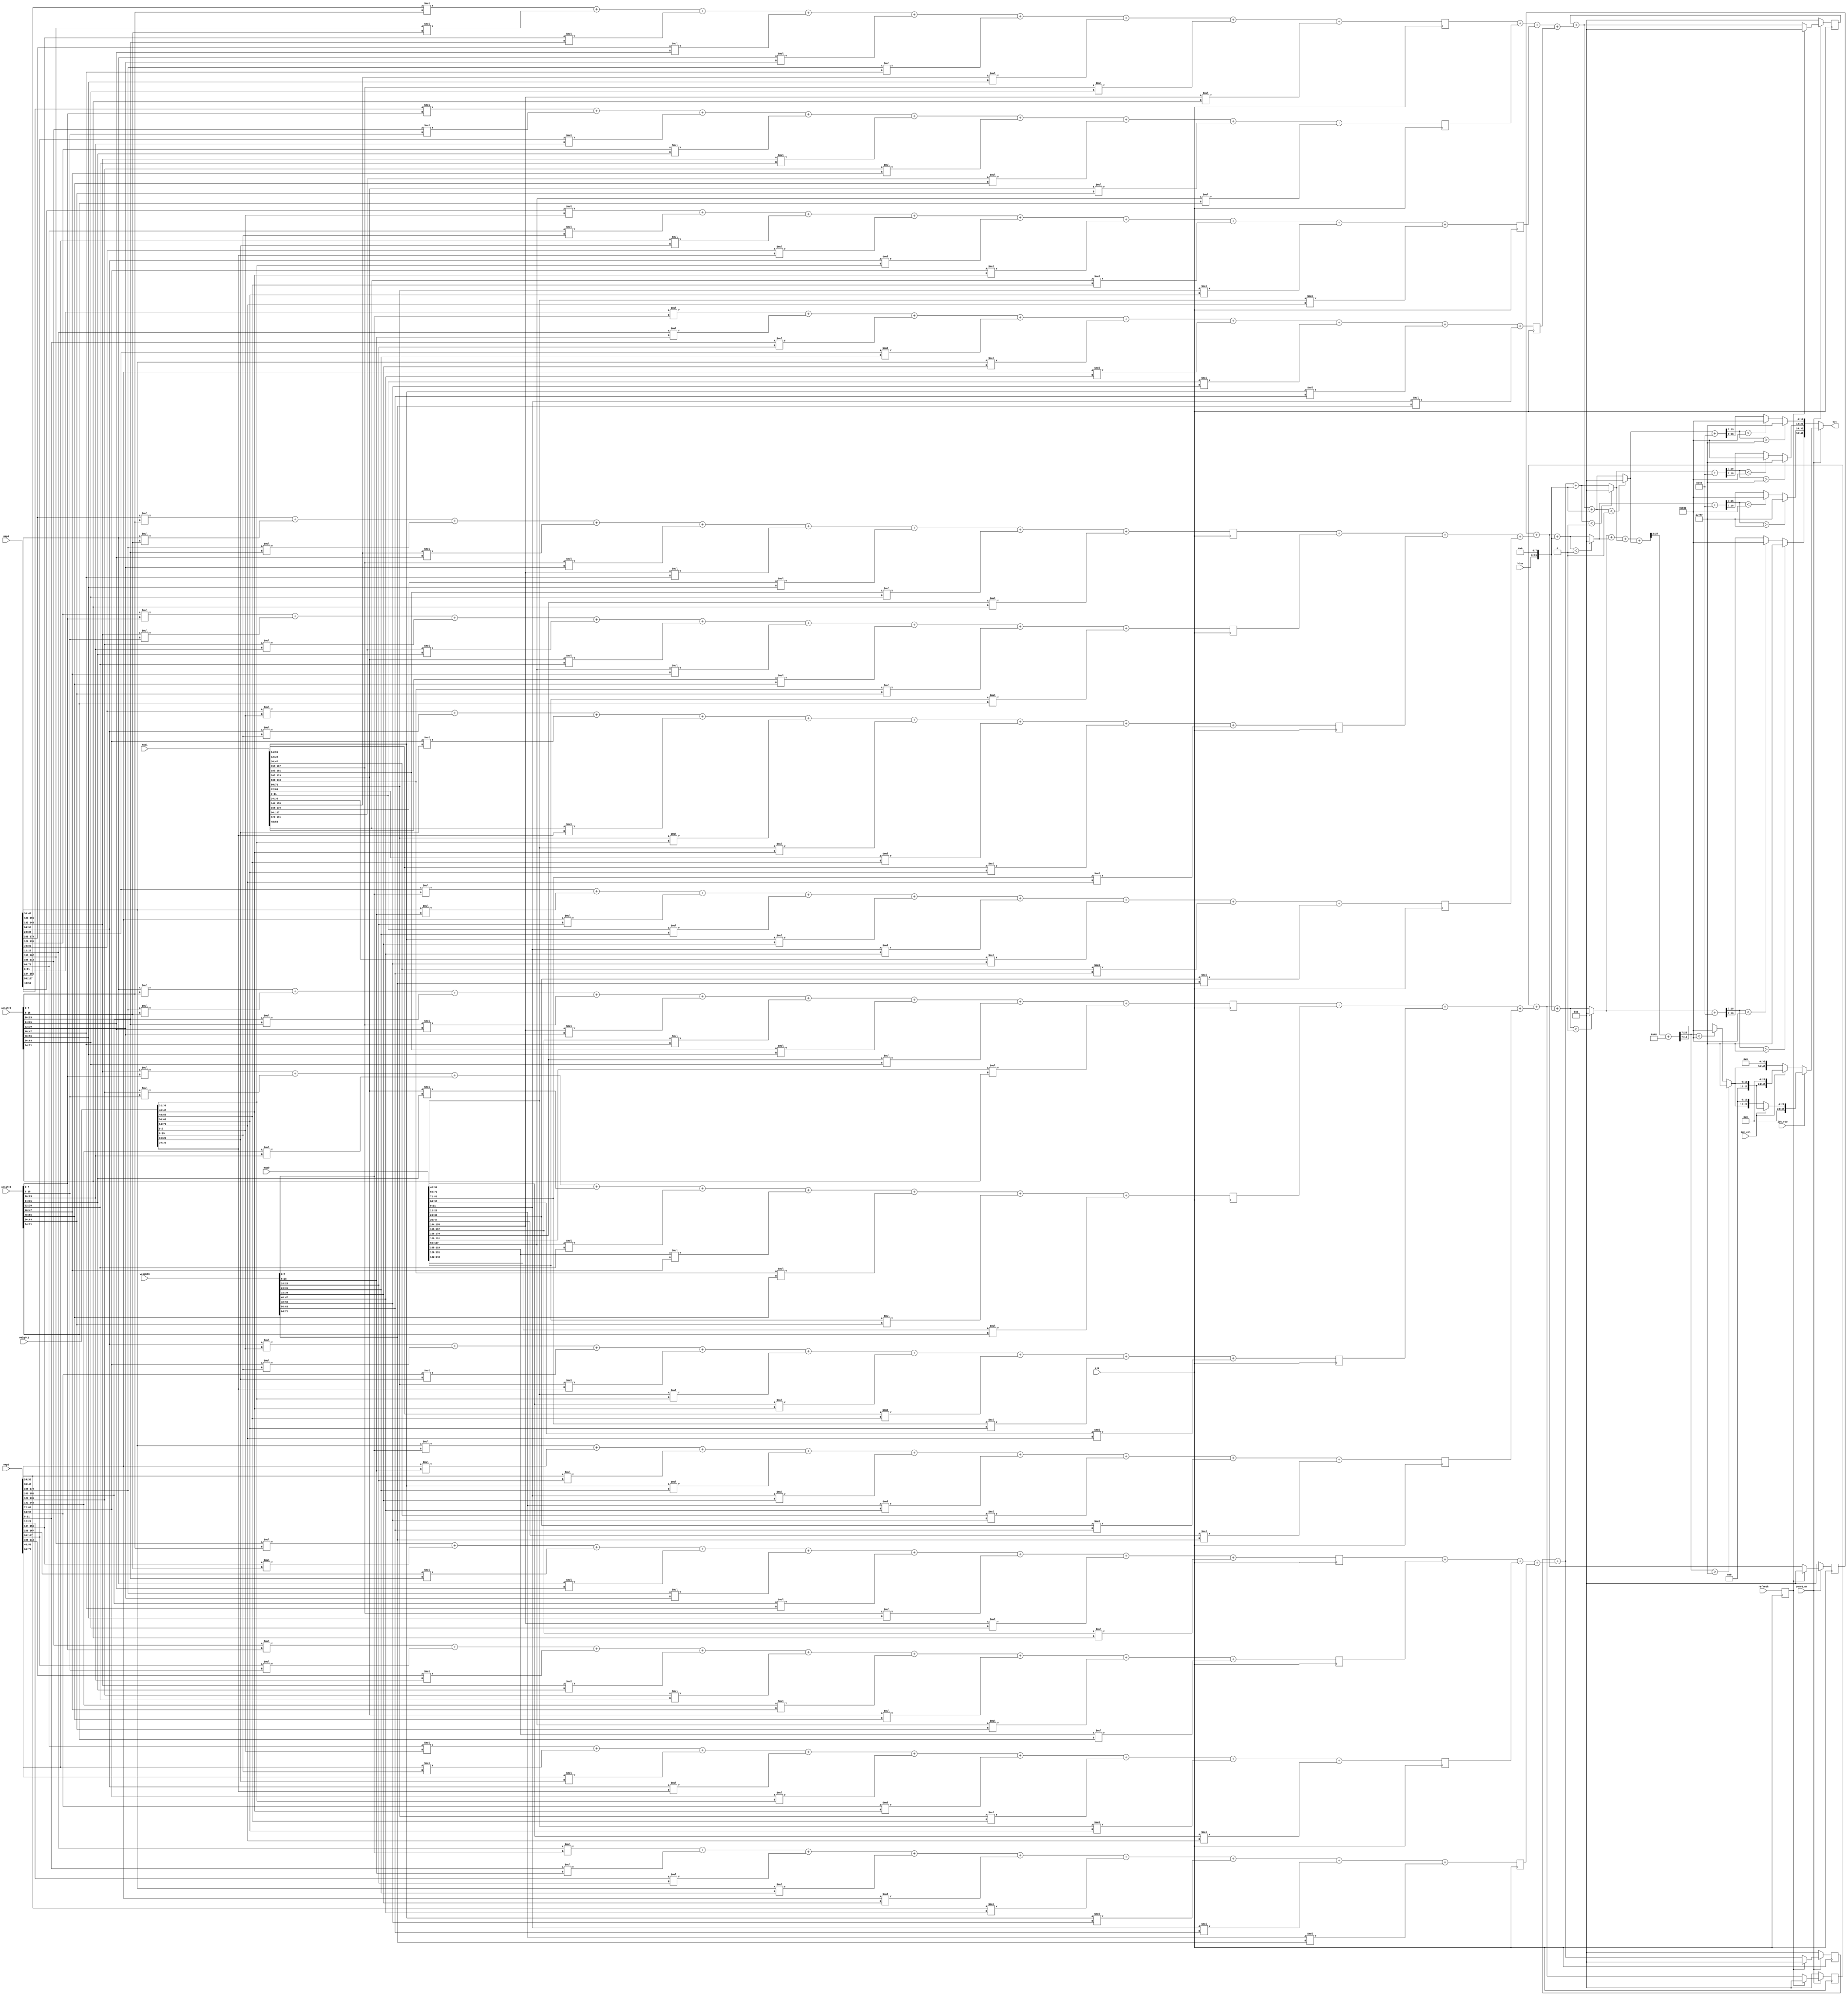
module mul#(
parameter CH_NUM = 4,
parameter ACT_PER_ADDR = 4,
parameter BW_PER_ACT = 12,
parameter WEIGHT_PER_ADDR = 9, 
parameter BIAS_PER_ADDR = 1,
parameter BW_PER_PARAM = 8
)
(
input clk,
input [WEIGHT_PER_ADDR*BW_PER_PARAM-1:0] weight0,
input [WEIGHT_PER_ADDR*BW_PER_PARAM-1:0] weight1,
input [WEIGHT_PER_ADDR*BW_PER_PARAM-1:0] weight2,
input [WEIGHT_PER_ADDR*BW_PER_PARAM-1:0] weight3,
input [CH_NUM*ACT_PER_ADDR*BW_PER_ACT-1:0] map0,
input [CH_NUM*ACT_PER_ADDR*BW_PER_ACT-1:0] map1,
input [CH_NUM*ACT_PER_ADDR*BW_PER_ACT-1:0] map2,
input [CH_NUM*ACT_PER_ADDR*BW_PER_ACT-1:0] map3,
input signed [BW_PER_PARAM-1:0] bias,
input refresh,
input idc_col,
input idc_row,
input conv3_en,
output reg signed [4*BW_PER_ACT-1:0] out
);

reg signed [BW_PER_ACT-1:0] out00;
reg signed [BW_PER_ACT-1:0] out01;
reg signed [BW_PER_ACT-1:0] out02;
reg signed [BW_PER_ACT-1:0] out03;
reg signed [BW_PER_ACT-1:0] out_pool;

reg [WEIGHT_PER_ADDR*BW_PER_ACT-1:0] in0;
reg [WEIGHT_PER_ADDR*BW_PER_ACT-1:0] in1;
reg [WEIGHT_PER_ADDR*BW_PER_ACT-1:0] in2;
reg [WEIGHT_PER_ADDR*BW_PER_ACT-1:0] in3;

reg [WEIGHT_PER_ADDR*BW_PER_ACT-1:0] in4;
reg [WEIGHT_PER_ADDR*BW_PER_ACT-1:0] in5;
reg [WEIGHT_PER_ADDR*BW_PER_ACT-1:0] in6;
reg [WEIGHT_PER_ADDR*BW_PER_ACT-1:0] in7;

reg [WEIGHT_PER_ADDR*BW_PER_ACT-1:0] in8;
reg [WEIGHT_PER_ADDR*BW_PER_ACT-1:0] in9;
reg [WEIGHT_PER_ADDR*BW_PER_ACT-1:0] in10;
reg [WEIGHT_PER_ADDR*BW_PER_ACT-1:0] in11;

reg [WEIGHT_PER_ADDR*BW_PER_ACT-1:0] in12;
reg [WEIGHT_PER_ADDR*BW_PER_ACT-1:0] in13;
reg [WEIGHT_PER_ADDR*BW_PER_ACT-1:0] in14;
reg [WEIGHT_PER_ADDR*BW_PER_ACT-1:0] in15;

reg signed [BW_PER_ACT-1:0] ifmap0 [0:3][0:2][0:2];
reg signed [BW_PER_ACT-1:0] ifmap1 [0:3][0:2][0:2];
reg signed [BW_PER_ACT-1:0] ifmap2 [0:3][0:2][0:2];
reg signed [BW_PER_ACT-1:0] ifmap3 [0:3][0:2][0:2];

reg signed [BW_PER_PARAM-1:0] weight [0:3][0:2][0:2];

reg signed [BW_PER_ACT+BW_PER_PARAM-1:0] psum0 [0:3][0:2][0:2];
reg signed [BW_PER_ACT+BW_PER_PARAM-1:0] psum1 [0:3][0:2][0:2];
reg signed [BW_PER_ACT+BW_PER_PARAM-1:0] psum2 [0:3][0:2][0:2];
reg signed [BW_PER_ACT+BW_PER_PARAM-1:0] psum3 [0:3][0:2][0:2];

reg signed [BW_PER_ACT+BW_PER_PARAM+6-1:0] psum0_mul_all;
reg signed [BW_PER_ACT+BW_PER_PARAM+6-1:0] psum1_mul_all;
reg signed [BW_PER_ACT+BW_PER_PARAM+6-1:0] psum2_mul_all;
reg signed [BW_PER_ACT+BW_PER_PARAM+6-1:0] psum3_mul_all;
//add
reg signed [BW_PER_ACT+BW_PER_PARAM+4-1:0] psum00_mul_9;
reg signed [BW_PER_ACT+BW_PER_PARAM+4-1:0] psum01_mul_9;
reg signed [BW_PER_ACT+BW_PER_PARAM+4-1:0] psum02_mul_9;
reg signed [BW_PER_ACT+BW_PER_PARAM+4-1:0] psum03_mul_9;
reg signed [BW_PER_ACT+BW_PER_PARAM+4-1:0] psum10_mul_9;
reg signed [BW_PER_ACT+BW_PER_PARAM+4-1:0] psum11_mul_9;
reg signed [BW_PER_ACT+BW_PER_PARAM+4-1:0] psum12_mul_9;
reg signed [BW_PER_ACT+BW_PER_PARAM+4-1:0] psum13_mul_9;
reg signed [BW_PER_ACT+BW_PER_PARAM+4-1:0] psum20_mul_9;
reg signed [BW_PER_ACT+BW_PER_PARAM+4-1:0] psum21_mul_9;
reg signed [BW_PER_ACT+BW_PER_PARAM+4-1:0] psum22_mul_9;
reg signed [BW_PER_ACT+BW_PER_PARAM+4-1:0] psum23_mul_9;
reg signed [BW_PER_ACT+BW_PER_PARAM+4-1:0] psum30_mul_9;
reg signed [BW_PER_ACT+BW_PER_PARAM+4-1:0] psum31_mul_9;
reg signed [BW_PER_ACT+BW_PER_PARAM+4-1:0] psum32_mul_9;
reg signed [BW_PER_ACT+BW_PER_PARAM+4-1:0] psum33_mul_9;
reg signed [BW_PER_ACT+BW_PER_PARAM+4-1:0] psum00_mul_9_nx;
reg signed [BW_PER_ACT+BW_PER_PARAM+4-1:0] psum01_mul_9_nx;
reg signed [BW_PER_ACT+BW_PER_PARAM+4-1:0] psum02_mul_9_nx;
reg signed [BW_PER_ACT+BW_PER_PARAM+4-1:0] psum03_mul_9_nx;
reg signed [BW_PER_ACT+BW_PER_PARAM+4-1:0] psum10_mul_9_nx;
reg signed [BW_PER_ACT+BW_PER_PARAM+4-1:0] psum11_mul_9_nx;
reg signed [BW_PER_ACT+BW_PER_PARAM+4-1:0] psum12_mul_9_nx;
reg signed [BW_PER_ACT+BW_PER_PARAM+4-1:0] psum13_mul_9_nx;
reg signed [BW_PER_ACT+BW_PER_PARAM+4-1:0] psum20_mul_9_nx;
reg signed [BW_PER_ACT+BW_PER_PARAM+4-1:0] psum21_mul_9_nx;
reg signed [BW_PER_ACT+BW_PER_PARAM+4-1:0] psum22_mul_9_nx;
reg signed [BW_PER_ACT+BW_PER_PARAM+4-1:0] psum23_mul_9_nx;
reg signed [BW_PER_ACT+BW_PER_PARAM+4-1:0] psum30_mul_9_nx;
reg signed [BW_PER_ACT+BW_PER_PARAM+4-1:0] psum31_mul_9_nx;
reg signed [BW_PER_ACT+BW_PER_PARAM+4-1:0] psum32_mul_9_nx;
reg signed [BW_PER_ACT+BW_PER_PARAM+4-1:0] psum33_mul_9_nx;
//
reg signed [BW_PER_ACT+BW_PER_PARAM+6-1:0] psum0_mul_store, psum0_mul_store_nx;
reg signed [BW_PER_ACT+BW_PER_PARAM+6-1:0] psum1_mul_store, psum1_mul_store_nx;
reg signed [BW_PER_ACT+BW_PER_PARAM+6-1:0] psum2_mul_store, psum2_mul_store_nx;
reg signed [BW_PER_ACT+BW_PER_PARAM+6-1:0] psum3_mul_store, psum3_mul_store_nx;

reg signed [BW_PER_ACT+BW_PER_PARAM+6-1:0] psum0_mul_forpool;
reg signed [BW_PER_ACT+BW_PER_PARAM+6-1:0] psum1_mul_forpool;
reg signed [BW_PER_ACT+BW_PER_PARAM+6-1:0] psum2_mul_forpool;
reg signed [BW_PER_ACT+BW_PER_PARAM+6-1:0] psum3_mul_forpool;

reg signed [BW_PER_ACT+BW_PER_PARAM+6-1:0] psum0_bias;
reg signed [BW_PER_ACT+BW_PER_PARAM+6-1:0] psum1_bias;
reg signed [BW_PER_ACT+BW_PER_PARAM+6-1:0] psum2_bias;
reg signed [BW_PER_ACT+BW_PER_PARAM+6-1:0] psum3_bias;

reg signed [BW_PER_ACT+BW_PER_PARAM+6-1:0] psum0_relu;
reg signed [BW_PER_ACT+BW_PER_PARAM+6-1:0] psum1_relu;
reg signed [BW_PER_ACT+BW_PER_PARAM+6-1:0] psum2_relu;
reg signed [BW_PER_ACT+BW_PER_PARAM+6-1:0] psum3_relu;

reg signed [BW_PER_ACT+BW_PER_PARAM+2+6-1:0] psum_pool_sum;
reg signed [BW_PER_ACT+BW_PER_PARAM+6-1:0] psum_pool;
reg signed [BW_PER_ACT+BW_PER_PARAM+6-1:0] psum0_nopool;
reg signed [BW_PER_ACT+BW_PER_PARAM+6-1:0] psum1_nopool;
reg signed [BW_PER_ACT+BW_PER_PARAM+6-1:0] psum2_nopool;
reg signed [BW_PER_ACT+BW_PER_PARAM+6-1:0] psum3_nopool;

reg signed [BW_PER_PARAM+8-1:0] bias_shift;
reg signed [BW_PER_ACT+BW_PER_PARAM+6-7-1:0] psum_bias_shift;
reg signed [BW_PER_ACT+BW_PER_PARAM+6-7-1:0] psum0_bias_shift;
reg signed [BW_PER_ACT+BW_PER_PARAM+6-7-1:0] psum1_bias_shift;
reg signed [BW_PER_ACT+BW_PER_PARAM+6-7-1:0] psum2_bias_shift;
reg signed [BW_PER_ACT+BW_PER_PARAM+6-7-1:0] psum3_bias_shift;

integer i, j, k;

reg refresh_nx;

always@(posedge clk) begin
	psum0_mul_store <= psum0_mul_store_nx;
	psum1_mul_store <= psum1_mul_store_nx;
	psum2_mul_store <= psum2_mul_store_nx;
	psum3_mul_store <= psum3_mul_store_nx;
	// add
	psum00_mul_9 <= psum00_mul_9_nx;
	psum01_mul_9 <= psum01_mul_9_nx;
	psum02_mul_9 <= psum02_mul_9_nx;
	psum03_mul_9 <= psum03_mul_9_nx;
	psum10_mul_9 <= psum10_mul_9_nx;
	psum11_mul_9 <= psum11_mul_9_nx;
	psum12_mul_9 <= psum12_mul_9_nx;
	psum13_mul_9 <= psum13_mul_9_nx;
	psum20_mul_9 <= psum20_mul_9_nx;
	psum21_mul_9 <= psum21_mul_9_nx;
	psum22_mul_9 <= psum22_mul_9_nx;
	psum23_mul_9 <= psum23_mul_9_nx;
	psum30_mul_9 <= psum30_mul_9_nx;
	psum31_mul_9 <= psum31_mul_9_nx;
	psum32_mul_9 <= psum32_mul_9_nx;
	psum33_mul_9 <= psum33_mul_9_nx;
	refresh_nx <= refresh;
end

always@* begin
	if(conv3_en) begin
		if(refresh_nx) begin
			psum0_mul_store_nx = 0;
			psum1_mul_store_nx = 0;
			psum2_mul_store_nx = 0;
			psum3_mul_store_nx = 0;
		end
		else begin
			psum0_mul_store_nx = psum0_mul_forpool;
			psum1_mul_store_nx = psum1_mul_forpool;
			psum2_mul_store_nx = psum2_mul_forpool;
			psum3_mul_store_nx = psum3_mul_forpool;
		end
	end
	else begin
		psum0_mul_store_nx = 0;
		psum1_mul_store_nx = 0;
		psum2_mul_store_nx = 0;
		psum3_mul_store_nx = 0;
	end
end

always@* begin
	psum0_mul_forpool = psum0_mul_store + psum0_mul_all;
	psum1_mul_forpool = psum1_mul_store + psum1_mul_all;
	psum2_mul_forpool = psum2_mul_store + psum2_mul_all;
	psum3_mul_forpool = psum3_mul_store + psum3_mul_all;
end

always@* begin
	bias_shift = {bias, 8'b0};
	for(i = 0; i < 4; i = i + 1) begin
		for(j = 0; j < 3; j = j + 1) begin
			for(k = 0; k < 3; k = k + 1) begin
				psum0[i][j][k] = ifmap0[i][j][k] * weight[i][j][k];
				psum1[i][j][k] = ifmap1[i][j][k] * weight[i][j][k];
				psum2[i][j][k] = ifmap2[i][j][k] * weight[i][j][k];
				psum3[i][j][k] = ifmap3[i][j][k] * weight[i][j][k];
			end
		end
	end
	psum00_mul_9_nx = psum0[0][0][0] + psum0[0][0][1] + psum0[0][0][2] + psum0[0][1][0] + psum0[0][1][1] + psum0[0][1][2] + psum0[0][2][0] + psum0[0][2][1] + psum0[0][2][2];
	psum10_mul_9_nx = psum1[0][0][0] + psum1[0][0][1] + psum1[0][0][2] + psum1[0][1][0] + psum1[0][1][1] + psum1[0][1][2] + psum1[0][2][0] + psum1[0][2][1] + psum1[0][2][2];
	psum20_mul_9_nx = psum2[0][0][0] + psum2[0][0][1] + psum2[0][0][2] + psum2[0][1][0] + psum2[0][1][1] + psum2[0][1][2] + psum2[0][2][0] + psum2[0][2][1] + psum2[0][2][2];
	psum30_mul_9_nx = psum3[0][0][0] + psum3[0][0][1] + psum3[0][0][2] + psum3[0][1][0] + psum3[0][1][1] + psum3[0][1][2] + psum3[0][2][0] + psum3[0][2][1] + psum3[0][2][2];
	psum01_mul_9_nx = psum0[1][0][0] + psum0[1][0][1] + psum0[1][0][2] + psum0[1][1][0] + psum0[1][1][1] + psum0[1][1][2] + psum0[1][2][0] + psum0[1][2][1] + psum0[1][2][2];
	psum11_mul_9_nx = psum1[1][0][0] + psum1[1][0][1] + psum1[1][0][2] + psum1[1][1][0] + psum1[1][1][1] + psum1[1][1][2] + psum1[1][2][0] + psum1[1][2][1] + psum1[1][2][2];
	psum21_mul_9_nx = psum2[1][0][0] + psum2[1][0][1] + psum2[1][0][2] + psum2[1][1][0] + psum2[1][1][1] + psum2[1][1][2] + psum2[1][2][0] + psum2[1][2][1] + psum2[1][2][2];// + psum2[2][0][0] + psum2[2][0][1] + psum2[2][0][2] + psum2[2][1][0] + psum2[2][1][1] + psum2[2][1][2] + psum2[2][2][0] + psum2[2][2][1] + psum2[2][2][2] + psum2[3][0][0] + psum2[3][0][1] + psum2[3][0][2] + psum2[3][1][0] + psum2[3][1][1] + psum2[3][1][2] + psum2[3][2][0] + psum2[3][2][1] + psum2[3][2][2];
	psum31_mul_9_nx = psum3[1][0][0] + psum3[1][0][1] + psum3[1][0][2] + psum3[1][1][0] + psum3[1][1][1] + psum3[1][1][2] + psum3[1][2][0] + psum3[1][2][1] + psum3[1][2][2];// + psum3[2][0][0] + psum3[2][0][1] + psum3[2][0][2] + psum3[2][1][0] + psum3[2][1][1] + psum3[2][1][2] + psum3[2][2][0] + psum3[2][2][1] + psum3[2][2][2] + psum3[3][0][0] + psum3[3][0][1] + psum3[3][0][2] + psum3[3][1][0] + psum3[3][1][1] + psum3[3][1][2] + psum3[3][2][0] + psum3[3][2][1] + psum3[3][2][2];
	psum02_mul_9_nx = psum0[2][0][0] + psum0[2][0][1] + psum0[2][0][2] + psum0[2][1][0] + psum0[2][1][1] + psum0[2][1][2] + psum0[2][2][0] + psum0[2][2][1] + psum0[2][2][2];// + psum0[3][0][0] + psum0[3][0][1] + psum0[3][0][2] + psum0[3][1][0] + psum0[3][1][1] + psum0[3][1][2] + psum0[3][2][0] + psum0[3][2][1] + psum0[3][2][2];
	psum12_mul_9_nx = psum1[2][0][0] + psum1[2][0][1] + psum1[2][0][2] + psum1[2][1][0] + psum1[2][1][1] + psum1[2][1][2] + psum1[2][2][0] + psum1[2][2][1] + psum1[2][2][2];// + psum1[3][0][0] + psum1[3][0][1] + psum1[3][0][2] + psum1[3][1][0] + psum1[3][1][1] + psum1[3][1][2] + psum1[3][2][0] + psum1[3][2][1] + psum1[3][2][2];
	psum22_mul_9_nx = psum2[2][0][0] + psum2[2][0][1] + psum2[2][0][2] + psum2[2][1][0] + psum2[2][1][1] + psum2[2][1][2] + psum2[2][2][0] + psum2[2][2][1] + psum2[2][2][2];// + psum2[3][0][0] + psum2[3][0][1] + psum2[3][0][2] + psum2[3][1][0] + psum2[3][1][1] + psum2[3][1][2] + psum2[3][2][0] + psum2[3][2][1] + psum2[3][2][2];
	psum32_mul_9_nx = psum3[2][0][0] + psum3[2][0][1] + psum3[2][0][2] + psum3[2][1][0] + psum3[2][1][1] + psum3[2][1][2] + psum3[2][2][0] + psum3[2][2][1] + psum3[2][2][2];// + psum3[3][0][0] + psum3[3][0][1] + psum3[3][0][2] + psum3[3][1][0] + psum3[3][1][1] + psum3[3][1][2] + psum3[3][2][0] + psum3[3][2][1] + psum3[3][2][2];
	psum03_mul_9_nx = psum0[3][0][0] + psum0[3][0][1] + psum0[3][0][2] + psum0[3][1][0] + psum0[3][1][1] + psum0[3][1][2] + psum0[3][2][0] + psum0[3][2][1] + psum0[3][2][2];
	psum13_mul_9_nx = psum1[3][0][0] + psum1[3][0][1] + psum1[3][0][2] + psum1[3][1][0] + psum1[3][1][1] + psum1[3][1][2] + psum1[3][2][0] + psum1[3][2][1] + psum1[3][2][2];
	psum23_mul_9_nx = psum2[3][0][0] + psum2[3][0][1] + psum2[3][0][2] + psum2[3][1][0] + psum2[3][1][1] + psum2[3][1][2] + psum2[3][2][0] + psum2[3][2][1] + psum2[3][2][2];
	psum33_mul_9_nx = psum3[3][0][0] + psum3[3][0][1] + psum3[3][0][2] + psum3[3][1][0] + psum3[3][1][1] + psum3[3][1][2] + psum3[3][2][0] + psum3[3][2][1] + psum3[3][2][2];
	psum0_mul_all = psum00_mul_9 + psum01_mul_9 + psum02_mul_9 + psum03_mul_9;
	psum1_mul_all = psum10_mul_9 + psum11_mul_9 + psum12_mul_9 + psum13_mul_9;
	psum2_mul_all = psum20_mul_9 + psum21_mul_9 + psum22_mul_9 + psum23_mul_9;
	psum3_mul_all = psum30_mul_9 + psum31_mul_9 + psum32_mul_9 + psum33_mul_9;
	/*
	psum0_mul_all = psum0[0][0][0] + psum0[0][0][1] + psum0[0][0][2] + psum0[0][1][0] + psum0[0][1][1] + psum0[0][1][2] + psum0[0][2][0] + psum0[0][2][1] + psum0[0][2][2] + psum0[1][0][0] + psum0[1][0][1] + psum0[1][0][2] + psum0[1][1][0] + psum0[1][1][1] + psum0[1][1][2] + psum0[1][2][0] + psum0[1][2][1] + psum0[1][2][2] + psum0[2][0][0] + psum0[2][0][1] + psum0[2][0][2] + psum0[2][1][0] + psum0[2][1][1] + psum0[2][1][2] + psum0[2][2][0] + psum0[2][2][1] + psum0[2][2][2] + psum0[3][0][0] + psum0[3][0][1] + psum0[3][0][2] + psum0[3][1][0] + psum0[3][1][1] + psum0[3][1][2] + psum0[3][2][0] + psum0[3][2][1] + psum0[3][2][2];
	psum1_mul_all = psum1[0][0][0] + psum1[0][0][1] + psum1[0][0][2] + psum1[0][1][0] + psum1[0][1][1] + psum1[0][1][2] + psum1[0][2][0] + psum1[0][2][1] + psum1[0][2][2] + psum1[1][0][0] + psum1[1][0][1] + psum1[1][0][2] + psum1[1][1][0] + psum1[1][1][1] + psum1[1][1][2] + psum1[1][2][0] + psum1[1][2][1] + psum1[1][2][2] + psum1[2][0][0] + psum1[2][0][1] + psum1[2][0][2] + psum1[2][1][0] + psum1[2][1][1] + psum1[2][1][2] + psum1[2][2][0] + psum1[2][2][1] + psum1[2][2][2] + psum1[3][0][0] + psum1[3][0][1] + psum1[3][0][2] + psum1[3][1][0] + psum1[3][1][1] + psum1[3][1][2] + psum1[3][2][0] + psum1[3][2][1] + psum1[3][2][2];
	psum2_mul_all = psum2[0][0][0] + psum2[0][0][1] + psum2[0][0][2] + psum2[0][1][0] + psum2[0][1][1] + psum2[0][1][2] + psum2[0][2][0] + psum2[0][2][1] + psum2[0][2][2] + psum2[1][0][0] + psum2[1][0][1] + psum2[1][0][2] + psum2[1][1][0] + psum2[1][1][1] + psum2[1][1][2] + psum2[1][2][0] + psum2[1][2][1] + psum2[1][2][2] + psum2[2][0][0] + psum2[2][0][1] + psum2[2][0][2] + psum2[2][1][0] + psum2[2][1][1] + psum2[2][1][2] + psum2[2][2][0] + psum2[2][2][1] + psum2[2][2][2] + psum2[3][0][0] + psum2[3][0][1] + psum2[3][0][2] + psum2[3][1][0] + psum2[3][1][1] + psum2[3][1][2] + psum2[3][2][0] + psum2[3][2][1] + psum2[3][2][2];
	psum3_mul_all = psum3[0][0][0] + psum3[0][0][1] + psum3[0][0][2] + psum3[0][1][0] + psum3[0][1][1] + psum3[0][1][2] + psum3[0][2][0] + psum3[0][2][1] + psum3[0][2][2] + psum3[1][0][0] + psum3[1][0][1] + psum3[1][0][2] + psum3[1][1][0] + psum3[1][1][1] + psum3[1][1][2] + psum3[1][2][0] + psum3[1][2][1] + psum3[1][2][2] + psum3[2][0][0] + psum3[2][0][1] + psum3[2][0][2] + psum3[2][1][0] + psum3[2][1][1] + psum3[2][1][2] + psum3[2][2][0] + psum3[2][2][1] + psum3[2][2][2] + psum3[3][0][0] + psum3[3][0][1] + psum3[3][0][2] + psum3[3][1][0] + psum3[3][1][1] + psum3[3][1][2] + psum3[3][2][0] + psum3[3][2][1] + psum3[3][2][2];*/
end

always@* begin
	psum0_bias = psum0_mul_forpool + bias_shift;
	psum1_bias = psum1_mul_forpool + bias_shift;
	psum2_bias = psum2_mul_forpool + bias_shift;
	psum3_bias = psum3_mul_forpool + bias_shift;

	if(psum0_bias < 0) psum0_relu = 0;
	else psum0_relu = psum0_bias;
	if(psum1_bias < 0) psum1_relu = 0;
	else psum1_relu = psum1_bias;
	if(psum2_bias < 0) psum2_relu = 0;
	else psum2_relu = psum2_bias;
	if(psum3_bias < 0) psum3_relu = 0;
	else psum3_relu = psum3_bias;

	psum_pool_sum = psum0_relu + psum1_relu + psum2_relu + psum3_relu;
	psum_pool = psum_pool_sum[BW_PER_ACT+BW_PER_PARAM+2+6-1:2] + 64;
	psum0_nopool = psum0_relu + 64;
	psum1_nopool = psum1_relu + 64;
	psum2_nopool = psum2_relu + 64;
	psum3_nopool = psum3_relu + 64;
	

	psum_bias_shift = psum_pool[BW_PER_ACT+BW_PER_PARAM+6-1:7]; 
	psum0_bias_shift = psum0_nopool[BW_PER_ACT+BW_PER_PARAM+6-1:7]; 
	psum1_bias_shift = psum1_nopool[BW_PER_ACT+BW_PER_PARAM+6-1:7]; 
	psum2_bias_shift = psum2_nopool[BW_PER_ACT+BW_PER_PARAM+6-1:7]; 
	psum3_bias_shift = psum3_nopool[BW_PER_ACT+BW_PER_PARAM+6-1:7]; 
	if(conv3_en) begin
		if(psum_bias_shift > 2047) out_pool = 2047;
		else if(psum_bias_shift < -2048) out_pool = -2048;
		else out_pool = psum_bias_shift[11:0];
	end
	else begin
		out_pool = 0;
	end
end

always@* begin
	if(psum0_bias_shift > 2047) out00 = 2047;
	else if(psum0_bias_shift < -2048) out00 = -2048;
	else out00 = psum0_bias_shift[11:0];
	if(psum1_bias_shift > 2047) out01 = 2047;
	else if(psum1_bias_shift < -2048) out01 = -2048;
	else out01 = psum1_bias_shift[11:0];
	if(psum2_bias_shift > 2047) out02 = 2047;
	else if(psum2_bias_shift < -2048) out02 = -2048;
	else out02 = psum2_bias_shift[11:0];
	if(psum3_bias_shift > 2047) out03 = 2047;
	else if(psum3_bias_shift < -2048) out03 = -2048;
	else out03 = psum3_bias_shift[11:0];
end

always@* begin
	if(!conv3_en) begin
		out = {out00, out01, out02, out03};
	end
	else begin
		if(idc_row) begin
			if(idc_col) begin
				out = {36'b0, out_pool};	
			end
			else begin
				out = {24'b0, out_pool, 12'b0};
			end
		end
		else begin
			if(idc_col) begin
				out = {12'b0, out_pool, 24'b0};
			end
			else begin
				out = {out_pool, 36'b0};
			end
		end
	end
end

always@* begin
	for(i = 0; i < 3; i = i + 1) begin
		for(j = 0; j < 3; j = j + 1) begin
			ifmap0[0][i][j] = in0[(3*i+j+1)*12-1-:12];
			ifmap0[1][i][j] = in1[(3*i+j+1)*12-1-:12];
			ifmap0[2][i][j] = in2[(3*i+j+1)*12-1-:12];
			ifmap0[3][i][j] = in3[(3*i+j+1)*12-1-:12];
			ifmap1[0][i][j] = in4[(3*i+j+1)*12-1-:12];
			ifmap1[1][i][j] = in5[(3*i+j+1)*12-1-:12];
			ifmap1[2][i][j] = in6[(3*i+j+1)*12-1-:12];
			ifmap1[3][i][j] = in7[(3*i+j+1)*12-1-:12];
			ifmap2[0][i][j] = in8[(3*i+j+1)*12-1-:12];
			ifmap2[1][i][j] = in9[(3*i+j+1)*12-1-:12];
			ifmap2[2][i][j] = in10[(3*i+j+1)*12-1-:12];
			ifmap2[3][i][j] = in11[(3*i+j+1)*12-1-:12];
			ifmap3[0][i][j] = in12[(3*i+j+1)*12-1-:12];
			ifmap3[1][i][j] = in13[(3*i+j+1)*12-1-:12];
			ifmap3[2][i][j] = in14[(3*i+j+1)*12-1-:12];
			ifmap3[3][i][j] = in15[(3*i+j+1)*12-1-:12];
			weight[0][i][j] = weight0[(3*i+j+1)*8-1-:8];
			weight[1][i][j] = weight1[(3*i+j+1)*8-1-:8];
			weight[2][i][j] = weight2[(3*i+j+1)*8-1-:8];
			weight[3][i][j] = weight3[(3*i+j+1)*8-1-:8];
		end
	end	
end

always@* begin
	in0 = {map0[191:180], map0[179:168], map1[191:180], map0[167:156], map0[155:144], map1[167:156], map2[191:180], map2[179:168], map3[191:180]};
	in1 = {map0[143:132], map0[131:120], map1[143:132], map0[119:108], map0[107:96], map1[119:108], map2[143:132], map2[131:120], map3[143:132]};
	in2 = {map0[95:84], map0[83:72], map1[95:84], map0[71:60], map0[59:48], map1[71:60], map2[95:84], map2[83:72], map3[95:84]};
	in3 = {map0[47:36], map0[35:24], map1[47:36], map0[23:12], map0[11:0], map1[23:12], map2[47:36], map2[35:24], map3[47:36]};
	in4 = {map0[179:168], map1[191:180], map1[179:168], map0[155:144], map1[167:156], map1[155:144], map2[179:168], map3[191:180], map3[179:168]};
	in5 = {map0[131:120], map1[143:132], map1[131:120], map0[107:96], map1[119:108], map1[107:96], map2[131:120], map3[143:132], map3[131:120]};
	in6 = {map0[83:72], map1[95:84], map1[83:72], map0[59:48], map1[71:60], map1[59:48], map2[83:72], map3[95:84], map3[83:72]};
	in7 = {map0[35:24], map1[47:36], map1[35:24], map0[11:0], map1[23:12], map1[11:0], map2[35:24], map3[47:36], map3[35:24]};
	in8 = {map0[167:156], map0[155:144], map1[167:156], map2[191:180], map2[179:168], map3[191:180], map2[167:156], map2[155:144], map3[167:156]};
	in9 = {map0[119:108], map0[107:96], map1[119:108], map2[143:132], map2[131:120], map3[143:132], map2[119:108], map2[107:96], map3[119:108]};
	in10= {map0[71:60], map0[59:48], map1[71:60], map2[95:84], map2[83:72], map3[95:84], map2[71:60], map2[59:48], map3[71:60]};
	in11= {map0[23:12], map0[11:0], map1[23:12], map2[47:36], map2[35:24], map3[47:36], map2[23:12], map2[11:0], map3[23:12]};
	in12= {map0[155:144], map1[167:156], map1[155:144], map2[179:168], map3[191:180], map3[179:168], map2[155:144], map3[167:156], map3[155:144]};
	in13= {map0[107:96], map1[119:108], map1[107:96], map2[131:120], map3[143:132], map3[131:120], map2[107:96], map3[119:108], map3[107:96]};
	in14= {map0[59:48], map1[71:60], map1[59:48], map2[83:72], map3[95:84], map3[83:72], map2[59:48], map3[71:60], map3[59:48]};
	in15= {map0[11:0], map1[23:12], map1[11:0], map2[35:24], map3[47:36], map3[35:24], map2[11:0], map3[23:12], map3[11:0]};
end

endmodule